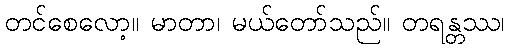
တင်စေလော့။ မာတာ၊ မယ်တော်သည်။ တရန္တဿ၊